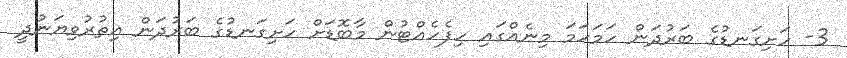
3- ހަށިގަނޑުގެ ބަރުދަން ހަމަހަމަ މިނެއްގައި ހިފެހެއްޓުން މާބޮޑަށް ހަށިގަނޑުގެ ބަރުދަން އިތުރުވިޔަނުދީ